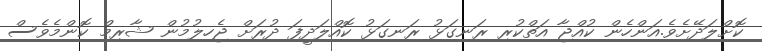
ކޮށްލަދޭށެވެ.އަންހެން ކުއްޖާ އަތްކުރި ރަނގަޅު ރަނގަޅު ކޮއްލަދީފަ ދުރަށް ޖެހިލުމުން ޝާރިމް ކޮންމެވެސް